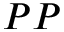
P P